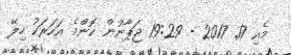
މެއި 17